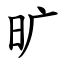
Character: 旷